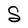
Character: S